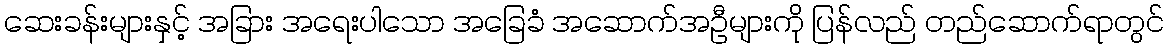
ဆေးခန်းများနှင့် အခြား အရေးပါသော အခြေခံ အဆောက်အဦများကို ပြန်လည် တည်ဆောက်ရာတွင်